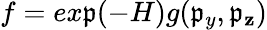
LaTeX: f=ex\mathfrak{p}(-H)g(\mathfrak{p}_{y},\mathfrak{p}_{\mathbf{z}})